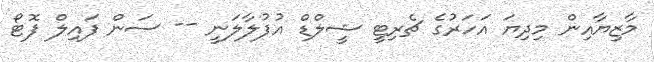
މާޒިޔާއިން މިދިޔަ އަހަރުގެ ޗެރިޓީ ޝީލްޑް އުފުލާލަނީ -- ސަން ފައިލް ފޮޓޯ